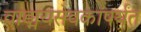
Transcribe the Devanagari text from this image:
वाङ्मयसेवकांपर्यंत